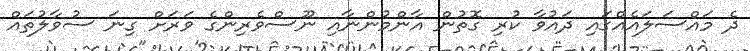
ދެ މައްސަލައެއްގައި ދައުވާ ކުރި ގޮތުން އާންމުންނާއި ނޫސްވެރިންގެ ވަރަށް ގިނަ ސުވާލުތައް